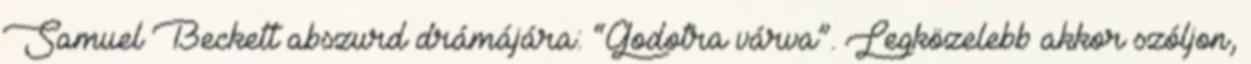
Samuel Beckett abszurd drámájára: “Godotra várva”. Legközelebb akkor szóljon,